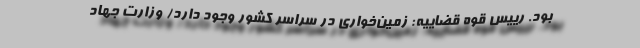
بود. رییس قوه قضاییه: زمین‌خواری در سراسر کشور وجود دارد/ وزارت جهاد